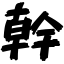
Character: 幹